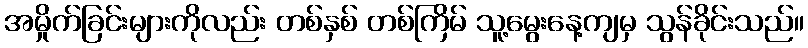
အမှိုက်ခြင်းများကိုလည်း တစ်နှစ် တစ်ကြိမ် သူ့မွေးနေ့ကျမှ သွန်ခိုင်းသည်။